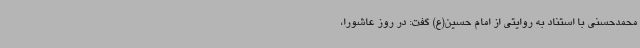
محمدحسنی با استناد به روایتی از امام حسین(ع) گفت: در روز عاشورا،